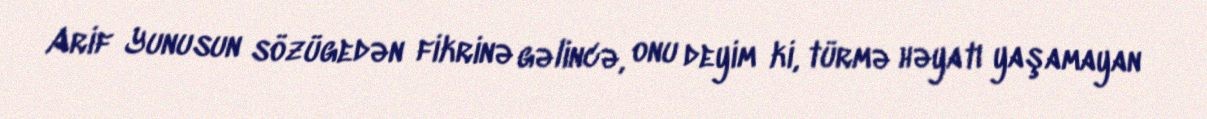
Arif Yunusun sözügedən fikrinə gəlincə, onu deyim ki, türmə həyatı yaşamayan